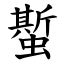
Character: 蟴